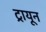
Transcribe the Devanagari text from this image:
ट्रायून